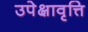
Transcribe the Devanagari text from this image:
उपेक्षावृत्ति